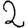
Digit: 2